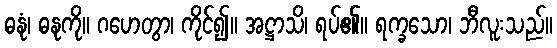
ဓနုံ၊ ဓနုကို။ ဂဟေတွာ၊ ကိုင်၍။ အဋ္ဌာသိ၊ ရပ်၏။ ရက္ခသော၊ ဘီလူးသည်။